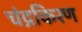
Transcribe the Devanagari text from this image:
चंद्रकिरण